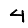
Digit: 4